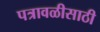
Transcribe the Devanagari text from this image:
पत्रावळीसाठी